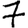
Digit: 7